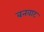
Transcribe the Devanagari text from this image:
बनवाट